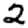
Digit: 2